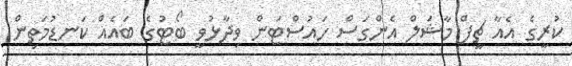
ކުރީގެ އެއާ ޗީފް މާޝަލް އެންގަސް ހައުސްޓަން ވިދާޅުވީ ބޯޓުގެ ބައެއް ކަނޑުމަތިން